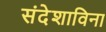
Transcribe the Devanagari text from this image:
संदेशाविना